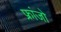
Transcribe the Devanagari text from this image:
फ्रांजो